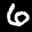
Label: 6